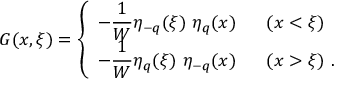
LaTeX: G ( x , \xi ) = \left\{ \begin{array} { l l } { { - \displaystyle { \frac { 1 } { W } } \eta _ { - q } ( \xi ) \ \eta _ { q } ( x ) } } & { { \ \ ( x < \xi ) } } \\ { { - \displaystyle { \frac { 1 } { W } } \eta _ { q } ( \xi ) \ \eta _ { - q } ( x ) } } & { { \ \ ( x > \xi ) \ . } } \end{array} \right.